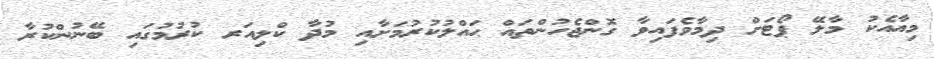
މިއާއެކު މާލޭ ޕޯޓަށް ދިމާވެފައިވާ ގޮންޖެހުންތައް ޙައްލުކުރުމަށާއި މުދާ ކްލިއަރ ކުރުމުގައި ބޭނުންކުރާ